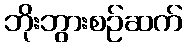
ဘိုးဘွားစဉ်ဆက်